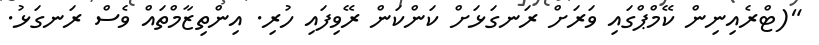
"(ޓްރެއިނިން ކޭމްޕްގައި ވަރަށް ރަނގަޅަށް ކަންކަން ރޭވިފައި ހުރި. އިންތިޒާމްތައް ވެސް ރަނގަޅު.